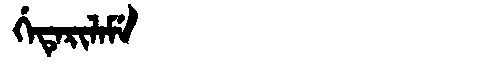
Manchu: ᡤᡝᡨᡝᡵᡳᠯᠠᠮᡝ
Romanization: GETERILAME